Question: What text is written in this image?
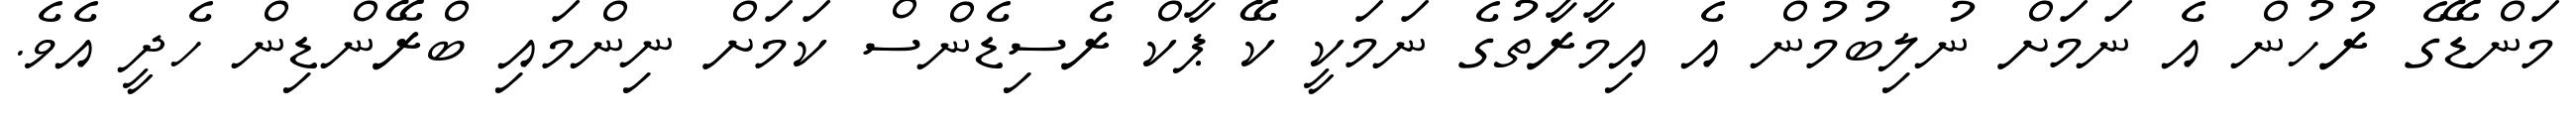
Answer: މަންޑޭގެ ރުހުން އެ ނަމަށް ނުލިބުމުން އެ އިމާރާތުގެ ނަމަކީ ކޭ ޕާކް ރެސިޑެންސް ކަމަށް ނިންމައި ބްރޭންޑިން ހެދީ އެވެ.